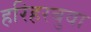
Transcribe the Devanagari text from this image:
हरिहरबुवा